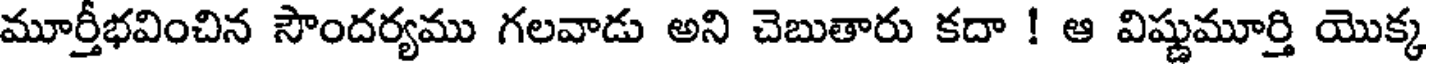
మూర్తీభవించిన సౌందర్యము గలవాడు అని చెబుతారు కదా ! ఆ విష్ణుమూర్తి యొక్క